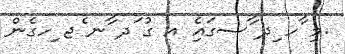
.މި ާހ ިދ ާސގައިެ އ ގު ަދ ާނ ެޖ ިހގެން